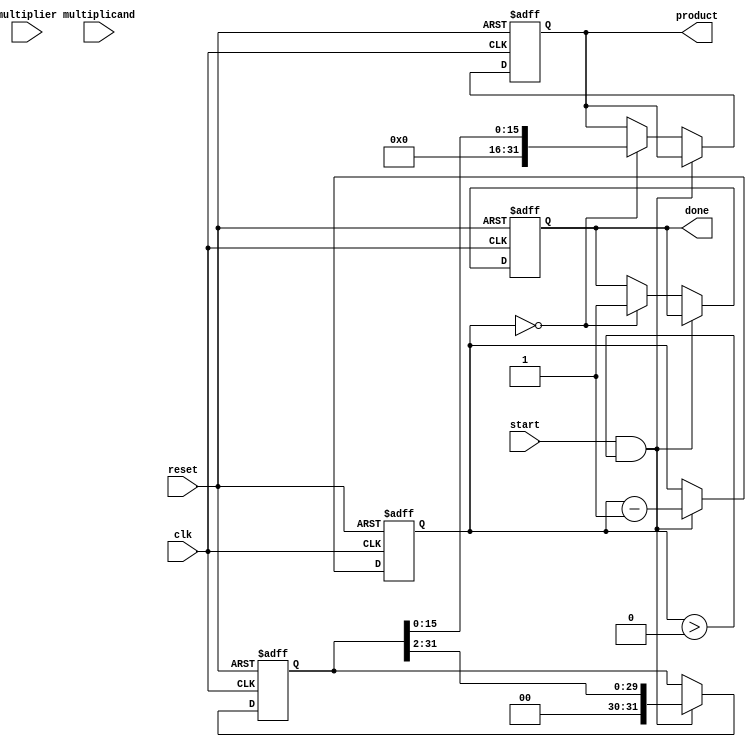
module BoothMultiplier (
    input wire clk,
    input wire reset,
    input wire start,
    input wire signed [15:0] multiplicand, // 16-bit signed multiplicand
    input wire signed [15:0] multiplier,    // 16-bit signed multiplier
    output reg signed [31:0] product,       // 32-bit signed product
    output reg done                          // Indicates completion
);
    // Internal registers
    reg signed [15:0] A;        // Multiplicand
    reg signed [15:0] Q;        // Multiplier
    reg Q_1;                    // Previous bit of Q
    reg signed [31:0] M;        // Accumulator
    reg [4:0] count;           // Bit counter

    always @(posedge clk or posedge reset) begin
        if (reset) begin
            // Reset all registers
            A <= multiplicand;
            Q <= multiplier;
            Q_1 <= 1'b0;
            M <= 32'b0;
            count <= 5'd16; // Number of bits in the multiplier
            product <= 32'b0;
            done <= 1'b0;
        end
        else if (start && count > 0) begin
            // Booth's algorithm processing
            case ({Q[0], Q_1})
                2'b01: // Add A to M
                    M <= M + {A, 16'b0}; // Shift A left by 16 bits
                2'b10: // Subtract A from M
                    M <= M - {A, 16'b0}; // Shift A left by 16 bits
                default: // Do nothing
                    M <= M;
            endcase
            
            // Right shift (M, Q, Q_1)
            {M, Q, Q_1} <= {M[31], M[30:1], Q[15:1], Q[0]}; // Arithmetic right shift
            
            // Update count
            count <= count - 1;
        end
        else if (count == 0) begin
            // When done, store the product and set done signal
            product <= M[15:0]; // Assuming we want the lower 16 bits of the product
            done <= 1'b1;
        end
    end
endmodule